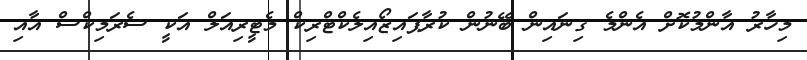
މިހާރު އާންމުކޮށް އެންމެ ގިނައިން ބޭނުން ކުރާޕައިޒޯއިލެކްޓްރިކް މެޓީރިއަލް އަކީ ސެރަމިކްސް އާއި